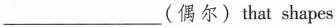
___(偶尔)that shapes